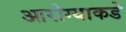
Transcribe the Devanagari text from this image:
आरोग्याकडे